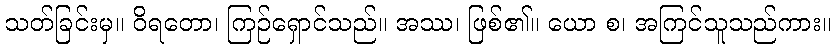
သတ်ခြင်းမှ။ ဝိရတော၊ ကြဉ်ရှောင်သည်။ အဿ၊ ဖြစ်၏။ ယော စ၊ အကြင်သူသည်ကား။